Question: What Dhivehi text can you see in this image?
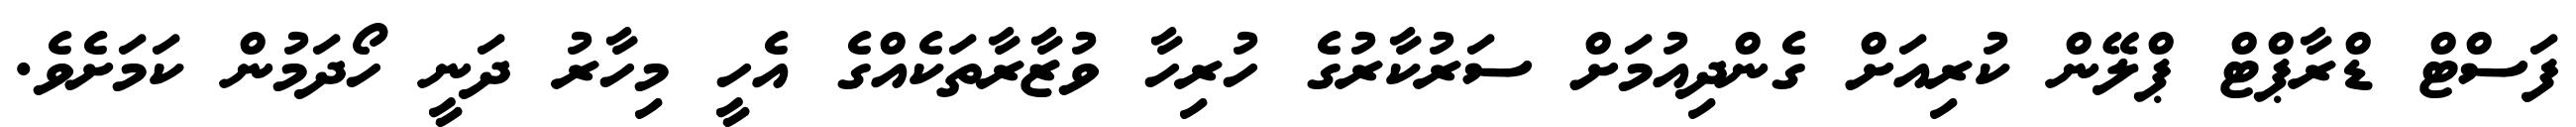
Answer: ފަސްޓް ޑްރާޕްޓް ޕްލޭން ކުރިއަށް ގެންދިއުމަށް ސަރުކާރުގެ ހުރިހާ ވުޒާރާތަކެއްގެ އެހީ މިހާރު ދަނީ ހޯދަމުން ކަމަށެވެ.